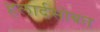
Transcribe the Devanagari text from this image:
हलार्दसोबत